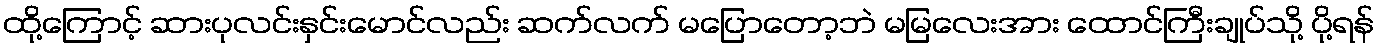
ထို့ကြောင့် ဆားပုလင်းနှင်းမောင်လည်း ဆက်လက် မပြောတော့ဘဲ မမြလေးအား ထောင်ကြီးချုပ်သို့ ပို့ရန်